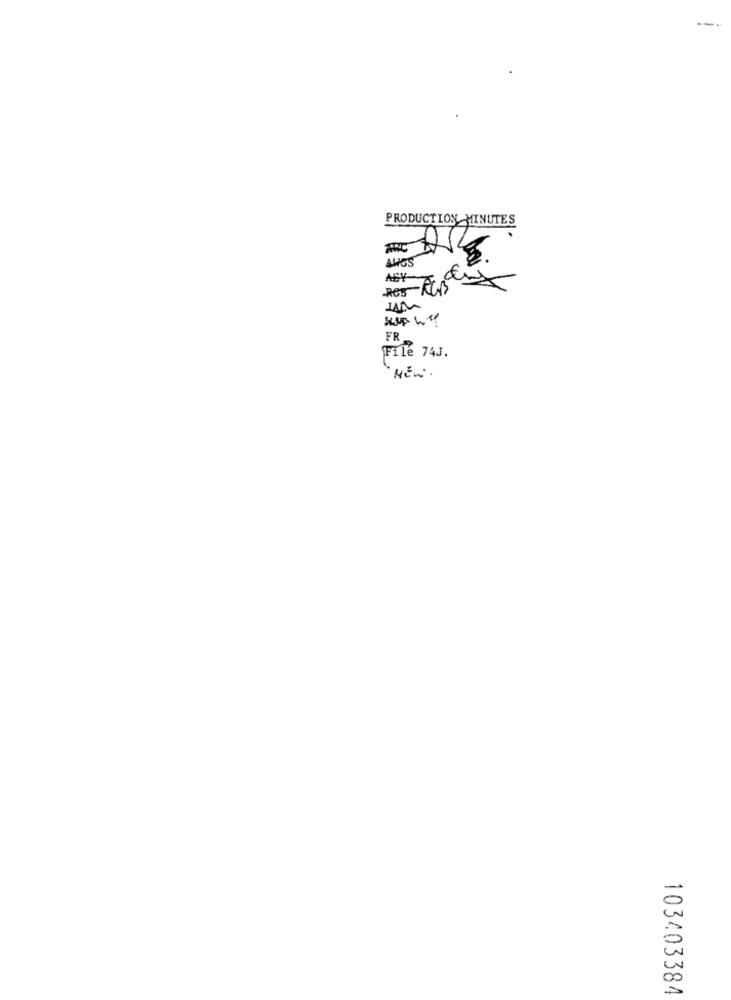
PRODUCTION MINUTES
AWGS
ABY
FR
File 74J.
0
CC
103403384